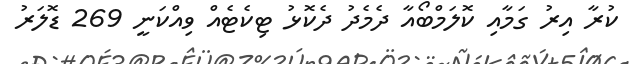
ކުރާ އިރު ގަމާއި ކޮލަމްބޯއާ ދެމެދު ދެކޮޅު ޓިކެޓެއް ވިއްކަނީ 269 ޑޮލަރު